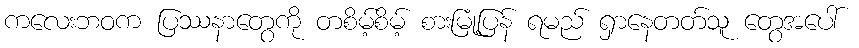
ကလေးဘဝက ပြဿနာတွေကို တစိမ့်စိမ့် စားမြုံ့ပြန် ရမည် ရှာနေတတ်သူ တွေအပေါ်